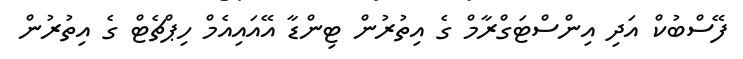
ފޭސްބުކް އަދި އިންސްޓަގްރާމް ގެ އިތުރުން ޓިންޑާ އޭއައިއެމް ހިޕްޗެޓް ގެ އިތުުރުން